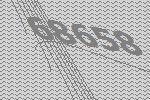
68658